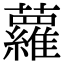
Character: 蘿